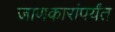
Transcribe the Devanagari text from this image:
जाणकारांपर्यंत